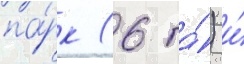
па́рк (6 га́) и́